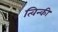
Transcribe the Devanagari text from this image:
त्विन्की